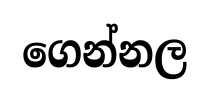
ගෙන්නල